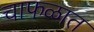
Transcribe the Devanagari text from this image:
चाफळात